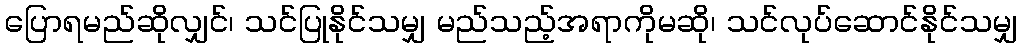
ပြောရမည်ဆိုလျှင်၊ သင်ပြုနိုင်သမျှ မည်သည့်အရာကိုမဆို၊ သင်လုပ်ဆောင်နိုင်သမျှ